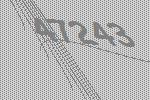
47243